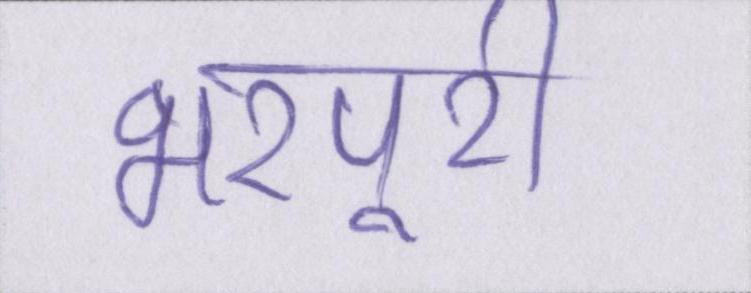
भरपूरी